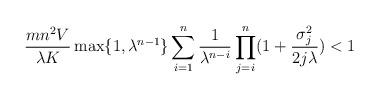
LaTeX: \begin{align*}\frac{mn^2V}{\lambda K}\max\{1,\lambda^{n-1}\}\sum_{i=1}^{n}\frac{1}{\lambda^{n-i}}\prod_{j=i}^{n}(1+\frac{\sigma_j^2}{2j\lambda})<1\end{align*}